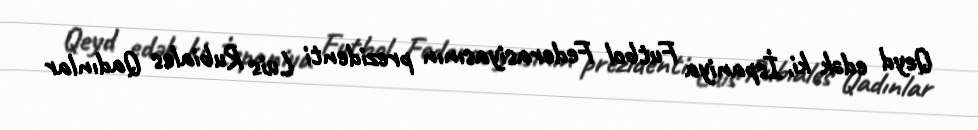
Qeyd edək ki, İspaniya Futbol Federasiyasının prezidenti Luis Rubiales Qadınlar